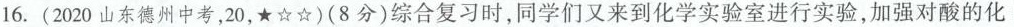
16.(2020山东德州中考，20，★☆☆)(8分)综合复习时，同学们又来到化学实验室进行实验，加强对酸的化